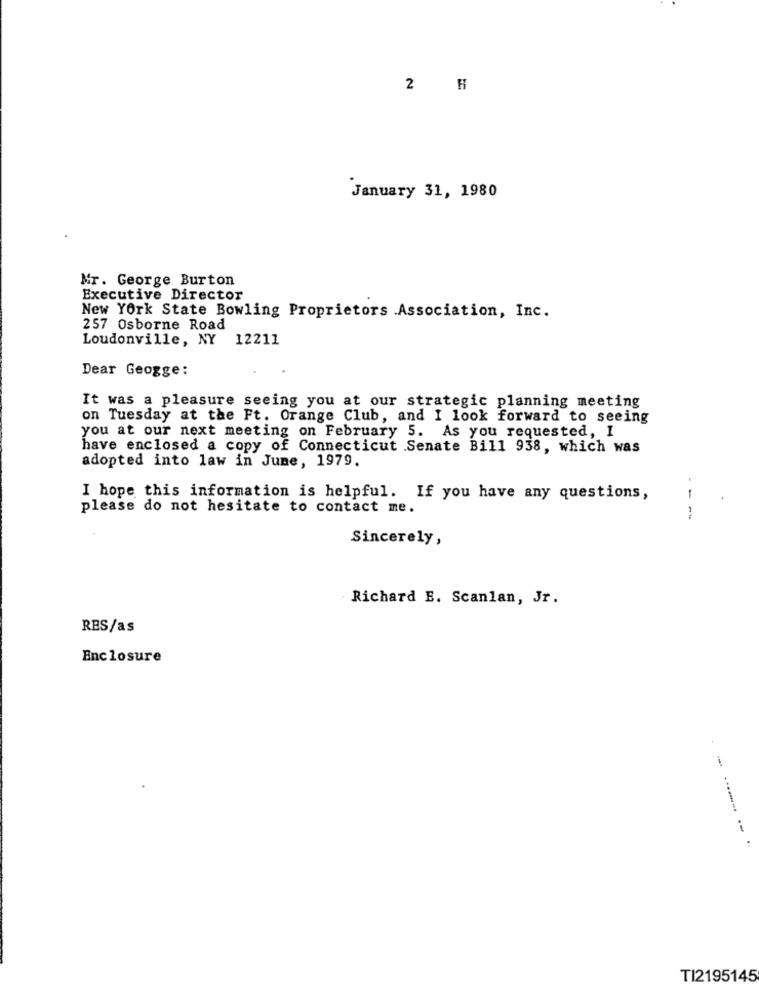
2 H
January 31, 1980
Mr. George Burton
Executive Director
New York State Bowling Proprietors .Association, Inc.
257 Osborne Road
Loudonville, NY 12211
Dear Geogge:
It was a pleasure seeing you at our strategic planning meeting
on Tuesday at the Ft. Orange Club, and I look forward to seeing
you at our next meeting on February 5. As you requested, I
have enclosed a copy of Connecticut .Senate Bill 938, which was
adopted into law in June, 1979.
I hope this information is helpful. If you have any questions,
1
please do not hesitate to contact me.
:
Sincerely,
Richard E. Scanlan, Jr.
RES/as
Enclosure
TI2195145